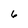
Character: 6